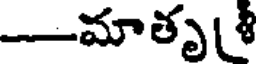
-మాతృ